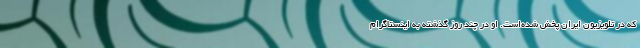
که در تلویزیون ایران پخش شده‌است. او در چند روز گذشته به اینستاگرام